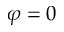
\varphi = 0